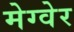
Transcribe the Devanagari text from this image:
मेग्वेर